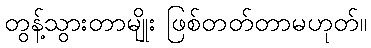
တွန့်သွားတာမျိုး ဖြစ်တတ်တာမဟုတ်။